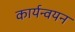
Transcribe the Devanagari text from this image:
कार्यन्वयन